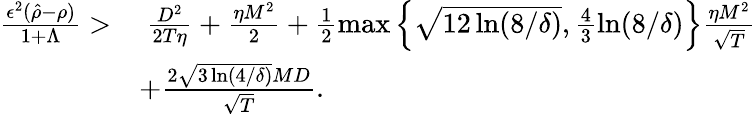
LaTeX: \begin{array}{rl}{\frac{\epsilon^{2}(\hat{\rho}-\rho)}{1+\Lambda}>}&{~\frac{D^{2}}{2T\eta}+\frac{\eta M^{2}}{2}+\frac{1}{2}\operatorname*{max}\left\{ \sqrt{12\ln(8/\delta)},\frac{4}{3}\ln(8/\delta)\right\} \frac{\eta M^{2}}{\sqrt{T}}}\\ &{+\frac{2\sqrt{3\ln(4/\delta)}MD}{\sqrt{T}}.}\end{array}